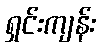
ရှင်းကျန်း